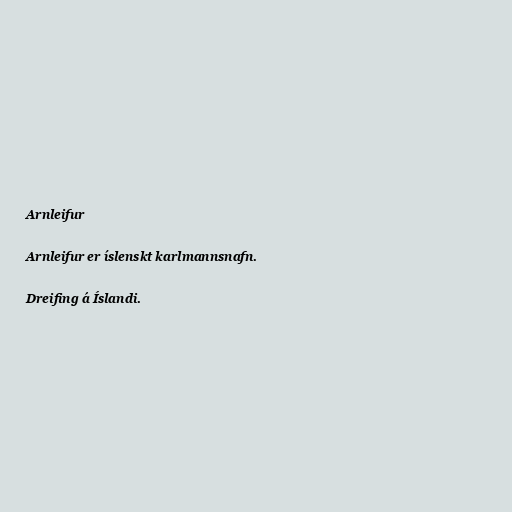
Arnleifur

Arnleifur er íslenskt karlmannsnafn.

Dreifing á Íslandi.